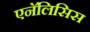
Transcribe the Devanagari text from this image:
एनॅलिसिस